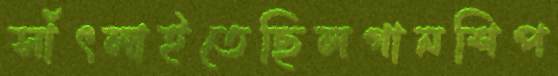
সাঁৎলাইতেছিলগানশিপ